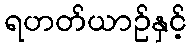
ရဟတ်ယာဉ်နှင့်